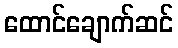
ထောင်ချောက်ဆင်